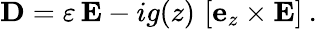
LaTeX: {\mathbf D}=\varepsilon\, {\mathbf E}-ig(z)\, \left[{\mathbf e}_{z}\times{\mathbf E}\right]\: .